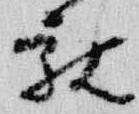
親